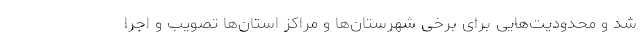
شد و محدودیت‌هایی برای برخی شهرستان‌ها و مراکز استان‌ها تصویب و اجرا